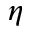
\eta